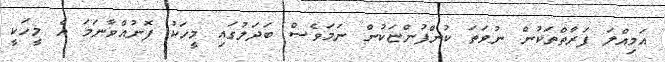
އަމިއްލަ ފަރާތްތަކުން ނުވަތަ ކުންފުންޏަކުން ނަމަވެސް ބަދަލުގައި މީހަކު ފޮނުއްވާނަމަ އެ މީހަކީ